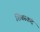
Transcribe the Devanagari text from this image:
शिवस्कंद